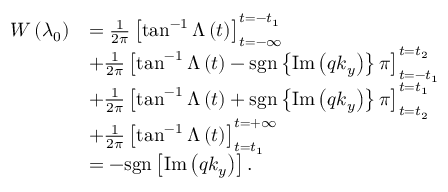
\begin{array} { r l } { W \left( \lambda _ { 0 } \right) } & { = \frac { 1 } { 2 \pi } \left[ \tan ^ { - 1 } \Lambda \left( t \right) \right] _ { t = - \infty } ^ { t = - t _ { 1 } } } \\ & { + \frac { 1 } { 2 \pi } \left[ \tan ^ { - 1 } \Lambda \left( t \right) - \mathrm { s g n } \left\{ \mathrm { I m } \left( q k _ { y } \right) \right\} \pi \right] _ { t = - t _ { 1 } } ^ { t = t _ { 2 } } } \\ & { + \frac { 1 } { 2 \pi } \left[ \tan ^ { - 1 } \Lambda \left( t \right) + \mathrm { s g n } \left\{ \mathrm { I m } \left( q k _ { y } \right) \right\} \pi \right] _ { t = t _ { 2 } } ^ { t = t _ { 1 } } } \\ & { + \frac { 1 } { 2 \pi } \left[ \tan ^ { - 1 } \Lambda \left( t \right) \right] _ { t = t _ { 1 } } ^ { t = + \infty } } \\ & { = - \mathrm { s g n } \left[ \mathrm { I m } \left( q k _ { y } \right) \right] . } \end{array}